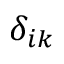
\delta _ { i k }